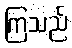
ကြသည်